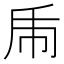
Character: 𢁺